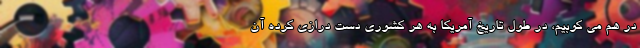
در هم می کوبیم، در طول تاریخ آمریکا به هر کشوری دست درازی کرده آن